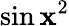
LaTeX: \sin\mathbf{x}^{2}